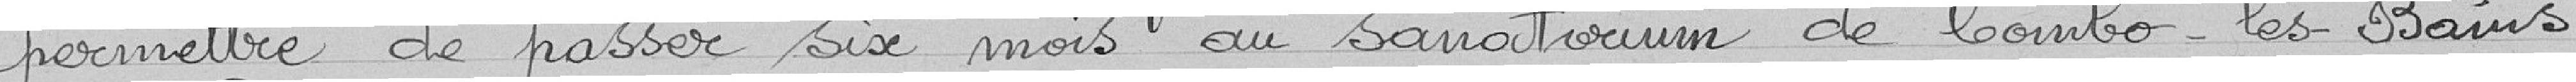
permettre de passer six mois au sanatorium de Cambo-les-Bains.